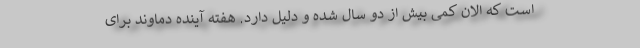
است که الان کمی بیش از دو سال شده و دلیل دارد. هفته آینده دماوند برای